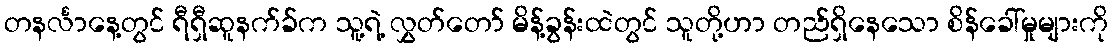
တနင်္လာနေ့တွင် ရီရှီဆူနက်ခ်က သူ့ရဲ့ လွှတ်တော် မိန့်ခွန်းထဲတွင် သူတို့ဟာ တည်ရှိနေသော စိန်ခေါ်မှုများကို